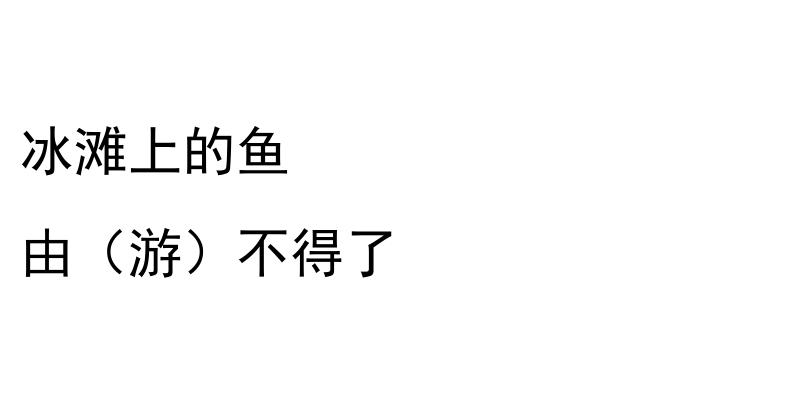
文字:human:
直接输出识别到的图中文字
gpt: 冰滩上的鱼 由（游）不得了